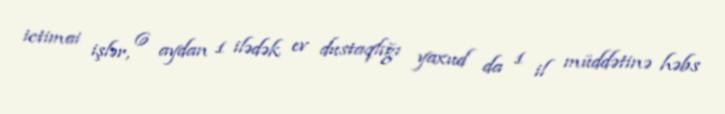
ictimai işlər, 6 aydan 1 ilədək ev dustaqlığı yaxud da 1 il müddətinə həbs